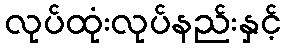
လုပ်ထုံးလုပ်နည်းနှင့်